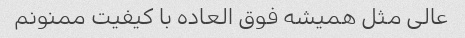
عالی مثل همیشه فوق العاده با کیفیت ممنونم